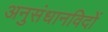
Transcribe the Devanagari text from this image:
अनुसंधानविदों